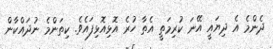
ދެންމެ އެ ދިޔައީ އޭނަ ކުރިމަތީ އެތާ ހުރެ އޮޅިއޮޅިފައެވެ. ކިތަންމެ ނުދައްކާން